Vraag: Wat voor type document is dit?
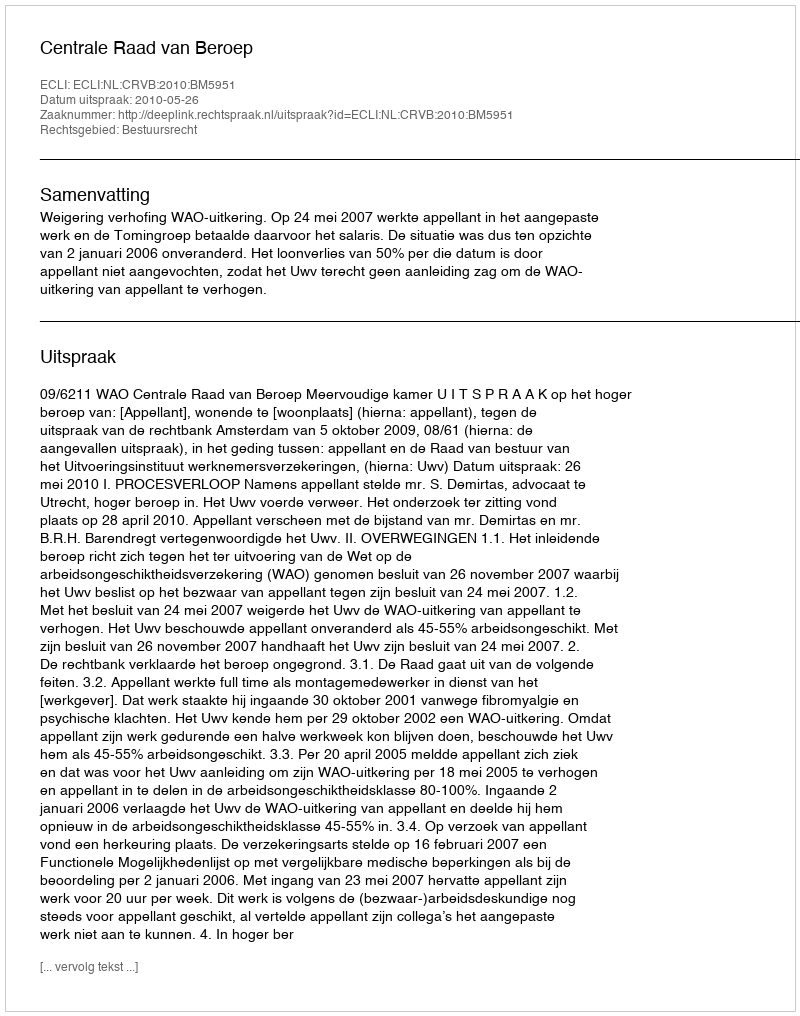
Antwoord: Uitspraak